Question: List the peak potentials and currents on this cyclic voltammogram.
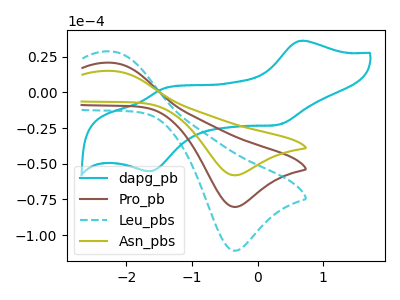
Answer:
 <answer>The cyan curve "dapg_pb" has anodic peaks at (0.70V, 36.10uA) (-1.45V, 2.75uA) and cathodic peaks at (0.30V, -22.75uA) (-1.65V, -55.25uA). The brown curve "Pro_pb" has an anodic peak at (-2.20V, 20.65uA) and a cathodic peak at (-0.35V, -80.25uA). The cyan dashed curve "Leu_pbs" has an anodic peak at (-2.20V, 41.30uA) and a cathodic peak at (-0.35V, -160.50uA). The olive curve "Asn_pbs" has an anodic peak at (-2.20V, 14.95uA) and a cathodic peak at (-0.35V, -58.10uA).</answer>
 <eval></eval>